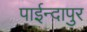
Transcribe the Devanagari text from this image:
पाईन्दापुर